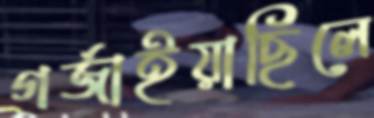
গর্জাইয়াছিলে